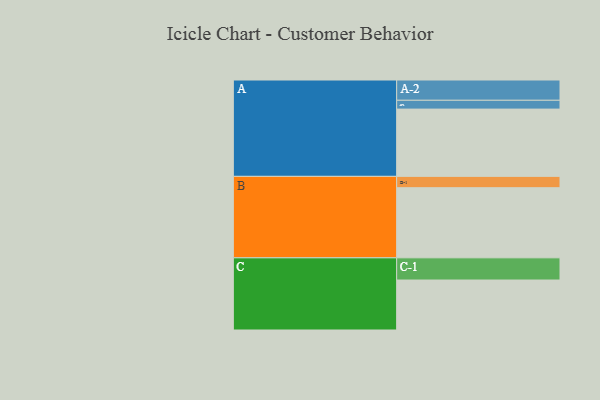
{"axis": {"x": "Segment", "y": "Value"}, "legend": ["", "A", "B", "C"], "data": [{"x": "A", "y": 564, "type": ""}, {"x": "B", "y": 588, "type": ""}, {"x": "C", "y": 419, "type": ""}, {"x": "A-1", "y": 74, "type": "A"}, {"x": "A-2", "y": 170, "type": "A"}, {"x": "B-1", "y": 95, "type": "B"}, {"x": "C-1", "y": 186, "type": "C"}]}